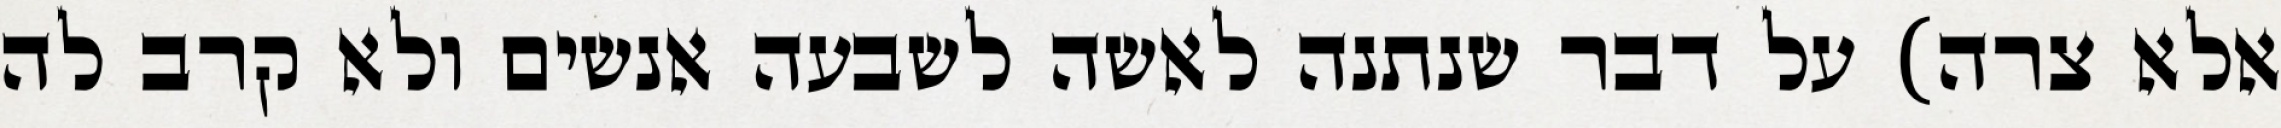
אלא צרה) על דבר שנתנה לאשה לשבעה אנשים ולא קרב לה